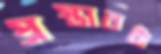
প্রস্তাবটা